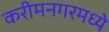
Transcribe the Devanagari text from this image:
करीमनगरमध्ये